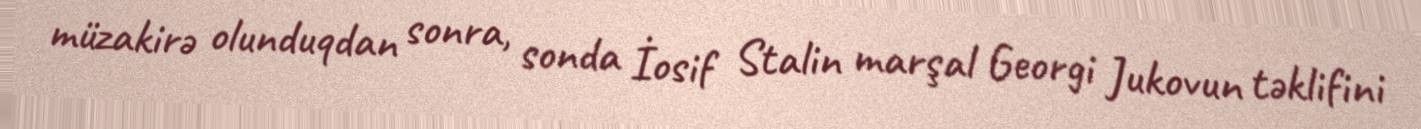
müzakirə olunduqdan sonra, sonda İosif Stalin marşal Georgi Jukovun təklifini